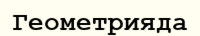
Геометрияда